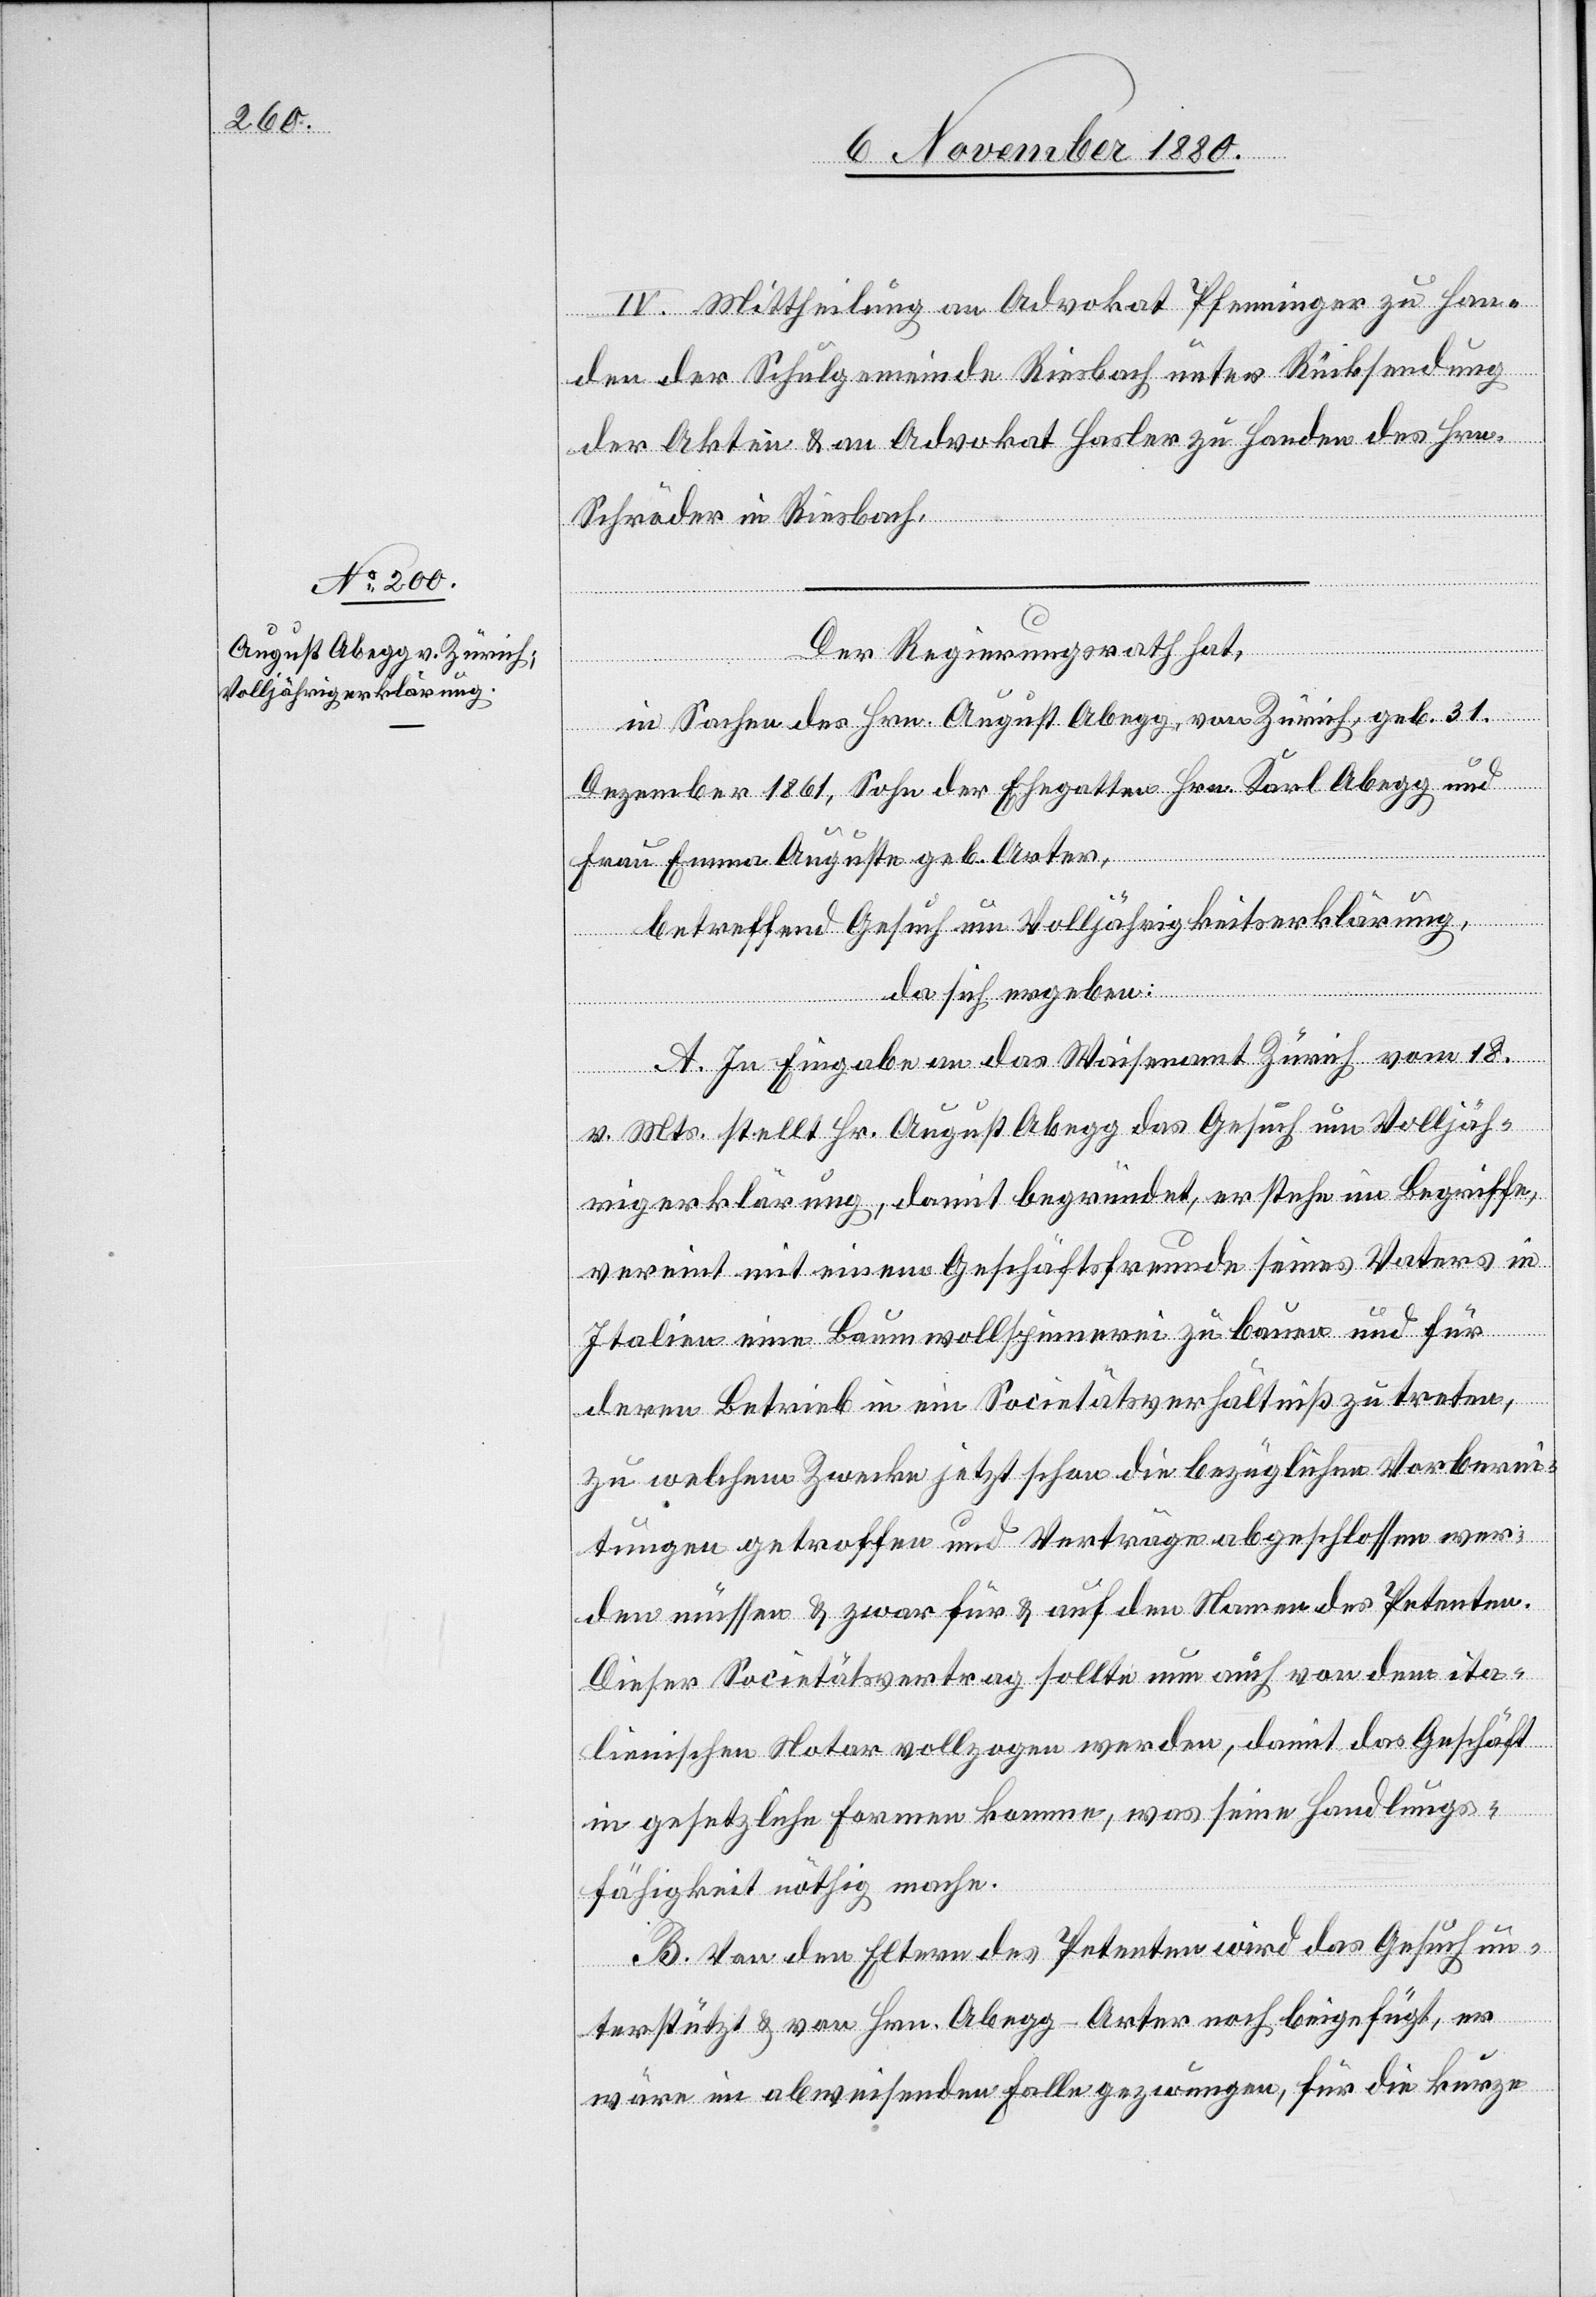
IV. Mittheilung an Advokat Pfenninger zu Han¬
den der Schulgemeinde Riesbach unter Rücksendung
der Akten & an Advokat Hasler zu Handen des Hrn.
Schröder in Riesbach.
Der Regierungsrath hat,
in Sachen des Hrn. August Abegg, von Zürich, geb. 31.
Dezember 1861, Sohn der Ehegatten Hrn. Karl Abegg und
Frau Emma Auguste geb. Arter,
betreffend Gesuch um Volljährigkeitserklärung,
da sich ergeben:
A. In Eingabe an das Waisenamt Zürich vom 18.
v. Mts. stellt Hr. August Abegg das Gesuch um Volljäh¬
rigerklärung, damit begründet, er stehe im Begriffe,
vereint mit einem Geschäftsfreunde seines Vaters in
Italien eine Baumwollspinnerei zu bauen und für
deren Betrieb in ein Societätsverhältniß zu treten,
zu welchem Zwecke jetzt schon die bezüglichen Vorberei¬
tungen getroffen und Verträge abgeschlossen wer¬
den müssen & zwar für & auf den Namen des Petenten.
Dieser Societätsvertrag sollte nun auch von dem ita¬
lienischen Notar vollzogen werden, damit das Geschäft
in gesetzliche Formen komme, was seine Handlungs¬
fähigkeit nöthig mache.
B. Von den Eltern des Petenten wird das Gesuch un¬
terstützt & von Hrn. Abegg-Arter noch beigefügt, er
wäre im abweisenden Falle gezwungen, für die kurze